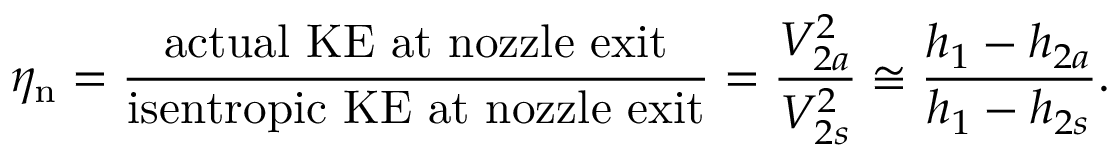
\eta _ { \mathrm { n } } = { \frac { \mathrm { a c t u a l ~ K E ~ a t ~ n o z z l e ~ e x i t } } { \mathrm { i s e n t r o p i c ~ K E ~ a t ~ n o z z l e ~ e x i t } } } = { \frac { V _ { 2 a } ^ { 2 } } { V _ { 2 s } ^ { 2 } } } \cong { \frac { h _ { 1 } - h _ { 2 a } } { h _ { 1 } - h _ { 2 s } } } .